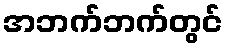
အဘက်ဘက်တွင်